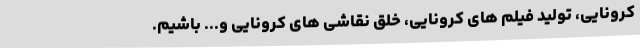
کرونایی، تولید فیلم های کرونایی‌، خلق نقاشی های کرونایی و... باشیم.